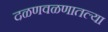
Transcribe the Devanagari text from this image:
दळणवळणातल्या